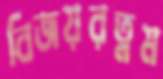
বিজয়রত্নম